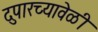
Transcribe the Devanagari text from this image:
दुपारच्यावेळी